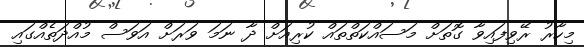
މިހާރު ރޭވިފައިވާ ގޮތަށް މަސައްކަތްތައް ކުރިއަށް ދާ ނަމަ ވަރަަށް އަވަސް މުއްދަތެއްގައި